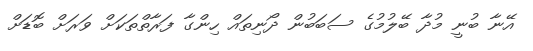
އޭނާ ބުނީ މުދާ ބޭލުމުގެ ސަބަބުން ދޯނިތައް ހިންގާ ފަރާތްތަކަށް ވަރަށް ބޮޑަށް